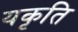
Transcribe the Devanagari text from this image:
यकृति